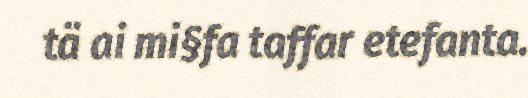
tä ai mi§fa taffar etefanta.